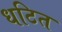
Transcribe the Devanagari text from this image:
धटित